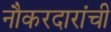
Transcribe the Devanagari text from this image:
नौकरदारांची